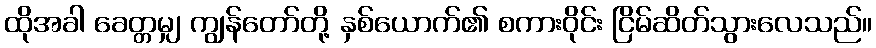
ထိုအခါ ခေတ္တမျှ ကျွန်တော်တို့ နှစ်ယောက်၏ စကားဝိုင်း ငြိမ်ဆိတ်သွားလေသည်။